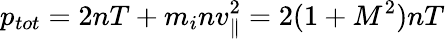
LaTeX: p_{tot}=2nT+m_{i}nv_{\parallel}^{2}=2(1+M^{2})nT